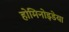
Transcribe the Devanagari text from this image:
होमिनोइडेया